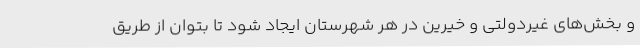
و بخش‌های غیردولتی و خیرین در هر شهرستان ایجاد شود تا بتوان از طریق